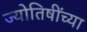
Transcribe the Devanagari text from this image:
ज्योतिषींच्या